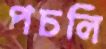
পচলি